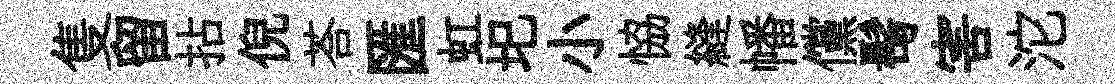
隻留拈倪荅匯虹圯小恊縫幡儻髩害沱